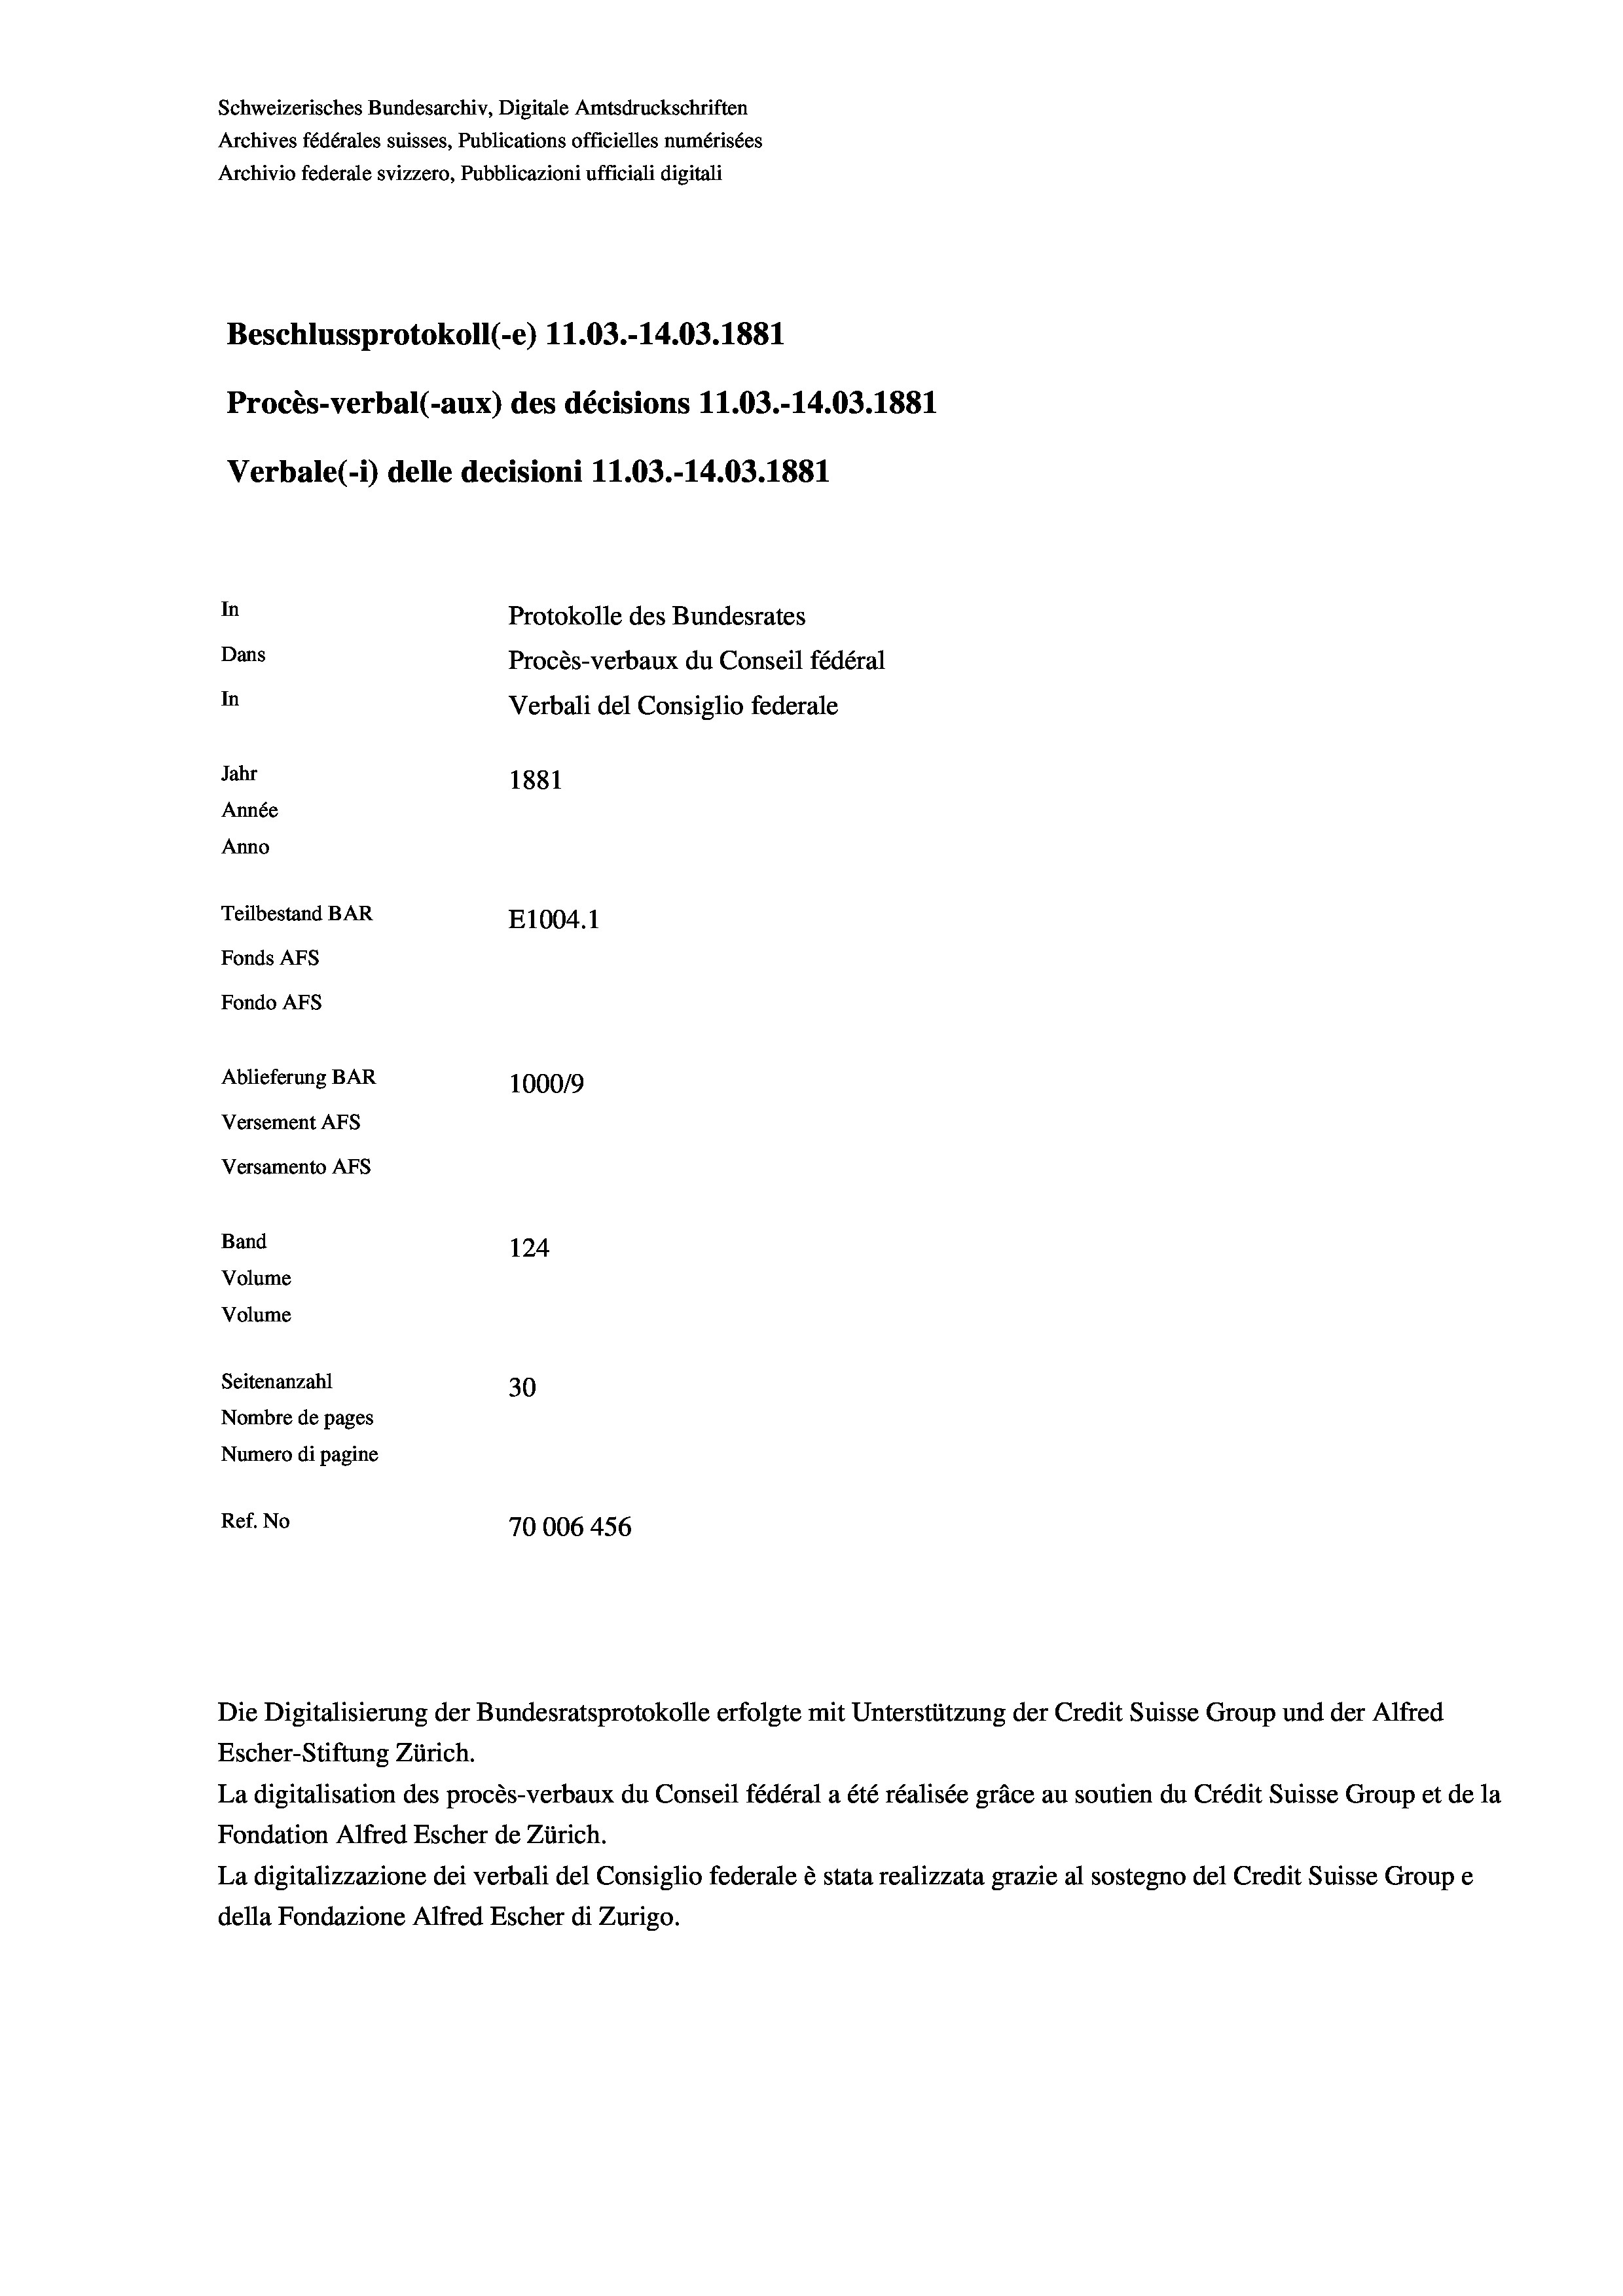
Schweizerisches Bundesarchiv, Digitale Amtsdruckschriften
Archives fédérales suisses, Publications officielles numérisées
Archivio federale svizzero, Pubblicazioni ufficiali digitali
Beschlussprotokoll (-e) 11.03.-14.03. 1881
Procès-verbal (-aux) des décisions 11.03.-14.03. 1881
Verbale (- 1) delle decisioni 11.03.-14.03. 1881
In
Protokolle des Bundesrates
Dans
Procès-verbaux du Conseil fédéral
In
Verbali del Consiglio federale
Jahr
1881
Année
Anno
Teilbestand BAR
E1004. 1
Fonds AFs
Fondo Afs
Ablieferung BAR
100019
Versement AFs
Versamento Afs
Band
124
Volume
Volume
Seitenanzahl
30
Nombre de pages
Numero di pagine
Ref. No
70006 456

Escher-Stiftung Zürich.
La digitalisation des procès-verbaux du Conseil fédéral a été réalisée gräce au soutien du Crédit Suisse Group et de la
Fondation Alfred Escher de Zürich.
La digitalizzazione dei verbali del Consiglio federale è stata realizzata grazie al sostegno del Credit Suisse Groupe
della Fondazione Alfred Escher di Zurigo.

Die Digitalisierung der Bundesratsprotokolle erfolgte mit Unterstützung der Credit Suisse Group und der Alfred